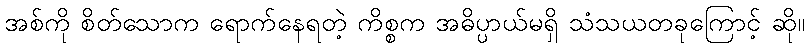
အစ်ကို စိတ်သောက ရောက်နေရတဲ့ ကိစ္စက အဓိပ္ပာယ်မရှိ သံသယတခုကြောင့် ဆို။